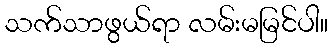
သက်သာဖွယ်ရာ လမ်းမမြင်ပါ။